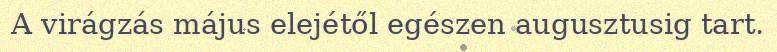
A virágzás május elejétől egészen augusztusig tart.